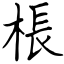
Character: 棖